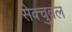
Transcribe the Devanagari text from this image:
सेक्चुवल